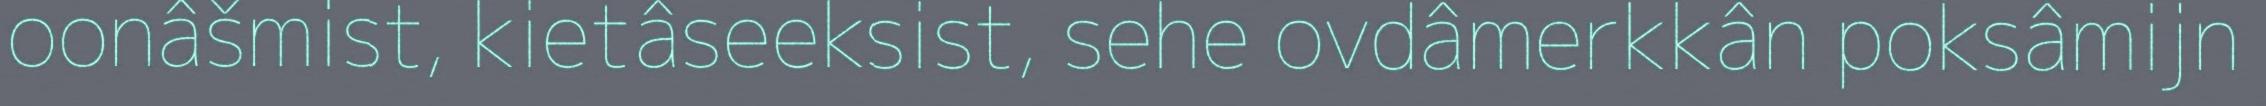
oonâšmist, kietâseeksist, sehe ovdâmerkkân poksâmijn